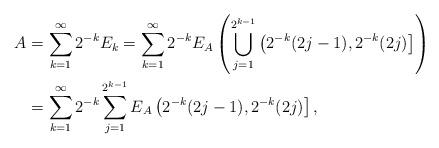
LaTeX: \begin{align*}A &= \sum_{k=1}^{\infty}2^{-k}E_k = \sum_{k=1}^{\infty}2^{-k}E_A\left(\bigcup_{j=1}^{2^{k-1}}\left(2^{-k}(2j-1),2^{-k}(2j)\right]\right)\\&= \sum_{k=1}^{\infty}2^{-k} \sum_{j=1}^{2^{k-1}} E_A\left(2^{-k}(2j-1),2^{-k}(2j)\right],\end{align*}